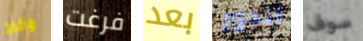
وخرج فرغت بعد للدور سوف